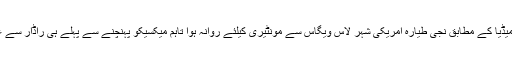
غیر ملکی میڈیا کے مطابق نجی طیارہ امریکی شہر لاس ویگاس سے مونٹیری کیلئے روانہ ہوا تاہم میکسیکو پہنچنے سے پہلے ہی راڈار سے غائب ہوگیا۔